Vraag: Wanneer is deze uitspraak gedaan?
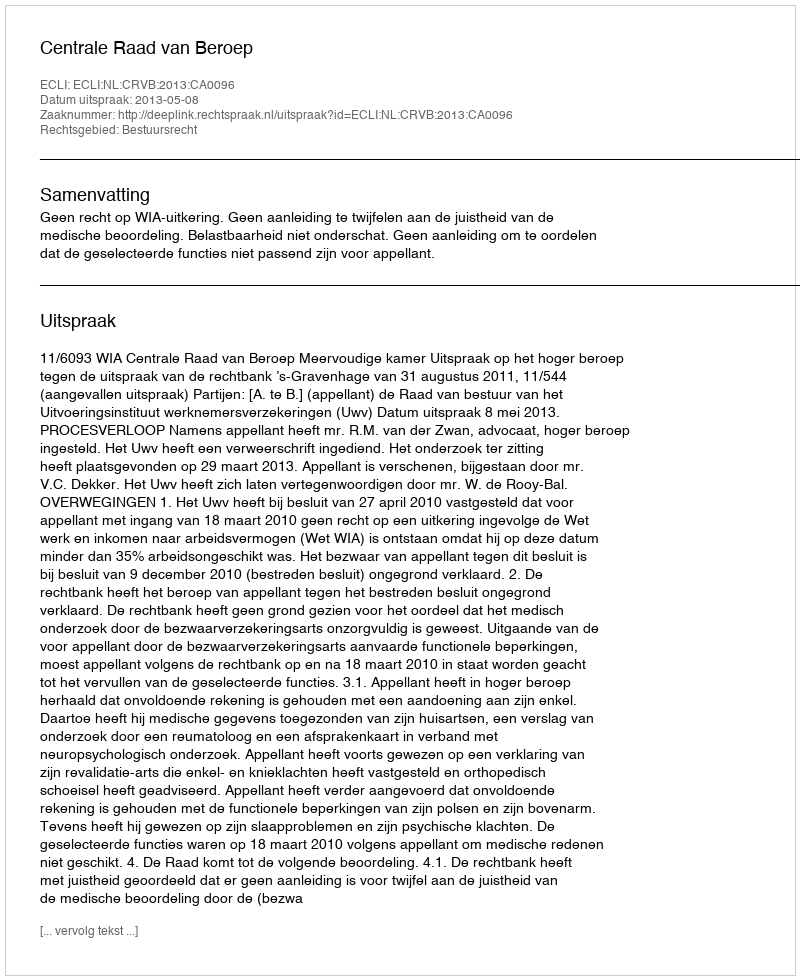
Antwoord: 2013-05-08